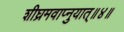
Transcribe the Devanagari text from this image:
शीघ्रमवाप्नुयात्॥४॥